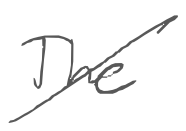
Text: The
Cross-out: mix
Writing tool: digital_gray